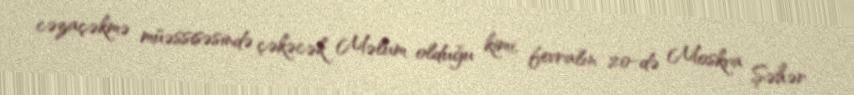
cəzaçəkmə müəssisəsində çəkəcək Məlum olduğu kimi, fevralın 20-də Moskva Şəhər